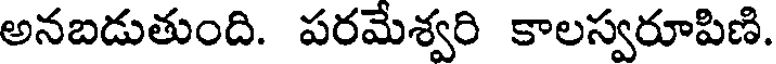
అనబడుతుంది. పరమేశ్వరి కాలస్వరూపిణి.